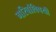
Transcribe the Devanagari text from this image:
गरिबांविषयी